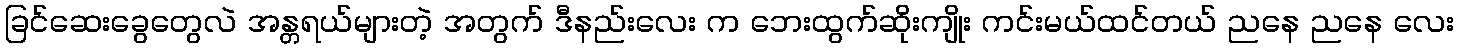
ခြင်ဆေးခွေတွေလဲ အန္တရယ်များတဲ့ အတွက် ဒီနည်းလေး က ဘေးထွက်ဆိုးကျိုး ကင်းမယ်ထင်တယ် ညနေ ညနေ လေး